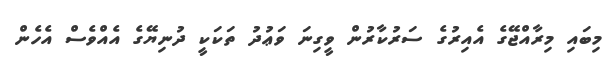
މިބައި މިރާއްޖޭގެ އެއިރުގެ ސަރުކާރުން ވީގިނަ ވަޢުދު ތަކަކީ ދުނިޔޭގެ އެއްވެސް އެހެން